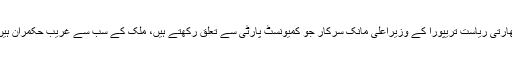
بھارتی ریاست تریپورا کے وزیراعلیٰ مانک سرکار جو کمیونسٹ پارٹی سے تعلق رکھتے ہیں، ملک کے سب سے غریب حکمران ہیں۔